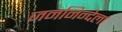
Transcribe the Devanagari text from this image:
जननिन्देला